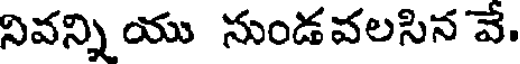
నివన్ని యు సుండవలసిన వే.